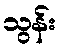
သွန်း